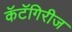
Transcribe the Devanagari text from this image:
कॅटॅगिरीज